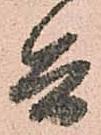
兵